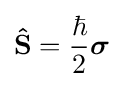
\mathbf {\hat {S}} ={\hbar  \over 2}{\boldsymbol {\sigma }}\,\!